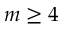
m \geq 4